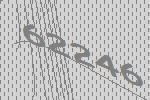
62246